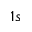
1 s